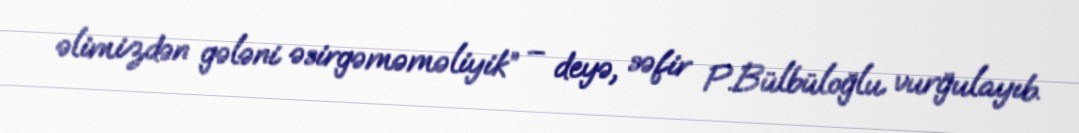
əlimizdən gələni əsirgəməməliyik” – deyə, səfir P.Bülbüloğlu vurğulayıb.